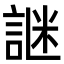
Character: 䛧